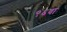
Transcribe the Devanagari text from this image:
९६वां